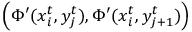
\left( \Phi ^ { \prime } ( x _ { i } ^ { t } , y _ { j } ^ { t } ) , \Phi ^ { \prime } ( x _ { i } ^ { t } , y _ { j + 1 } ^ { t } ) \right)